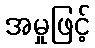
အမှုဖြင့်